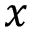
x